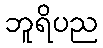
ဘူရိပည